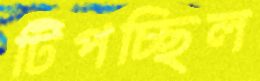
টিপচ্ছিল